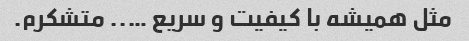
مثل همیشه با کیفیت و سریع ….. متشکرم.